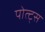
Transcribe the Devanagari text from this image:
पोत्ट्स